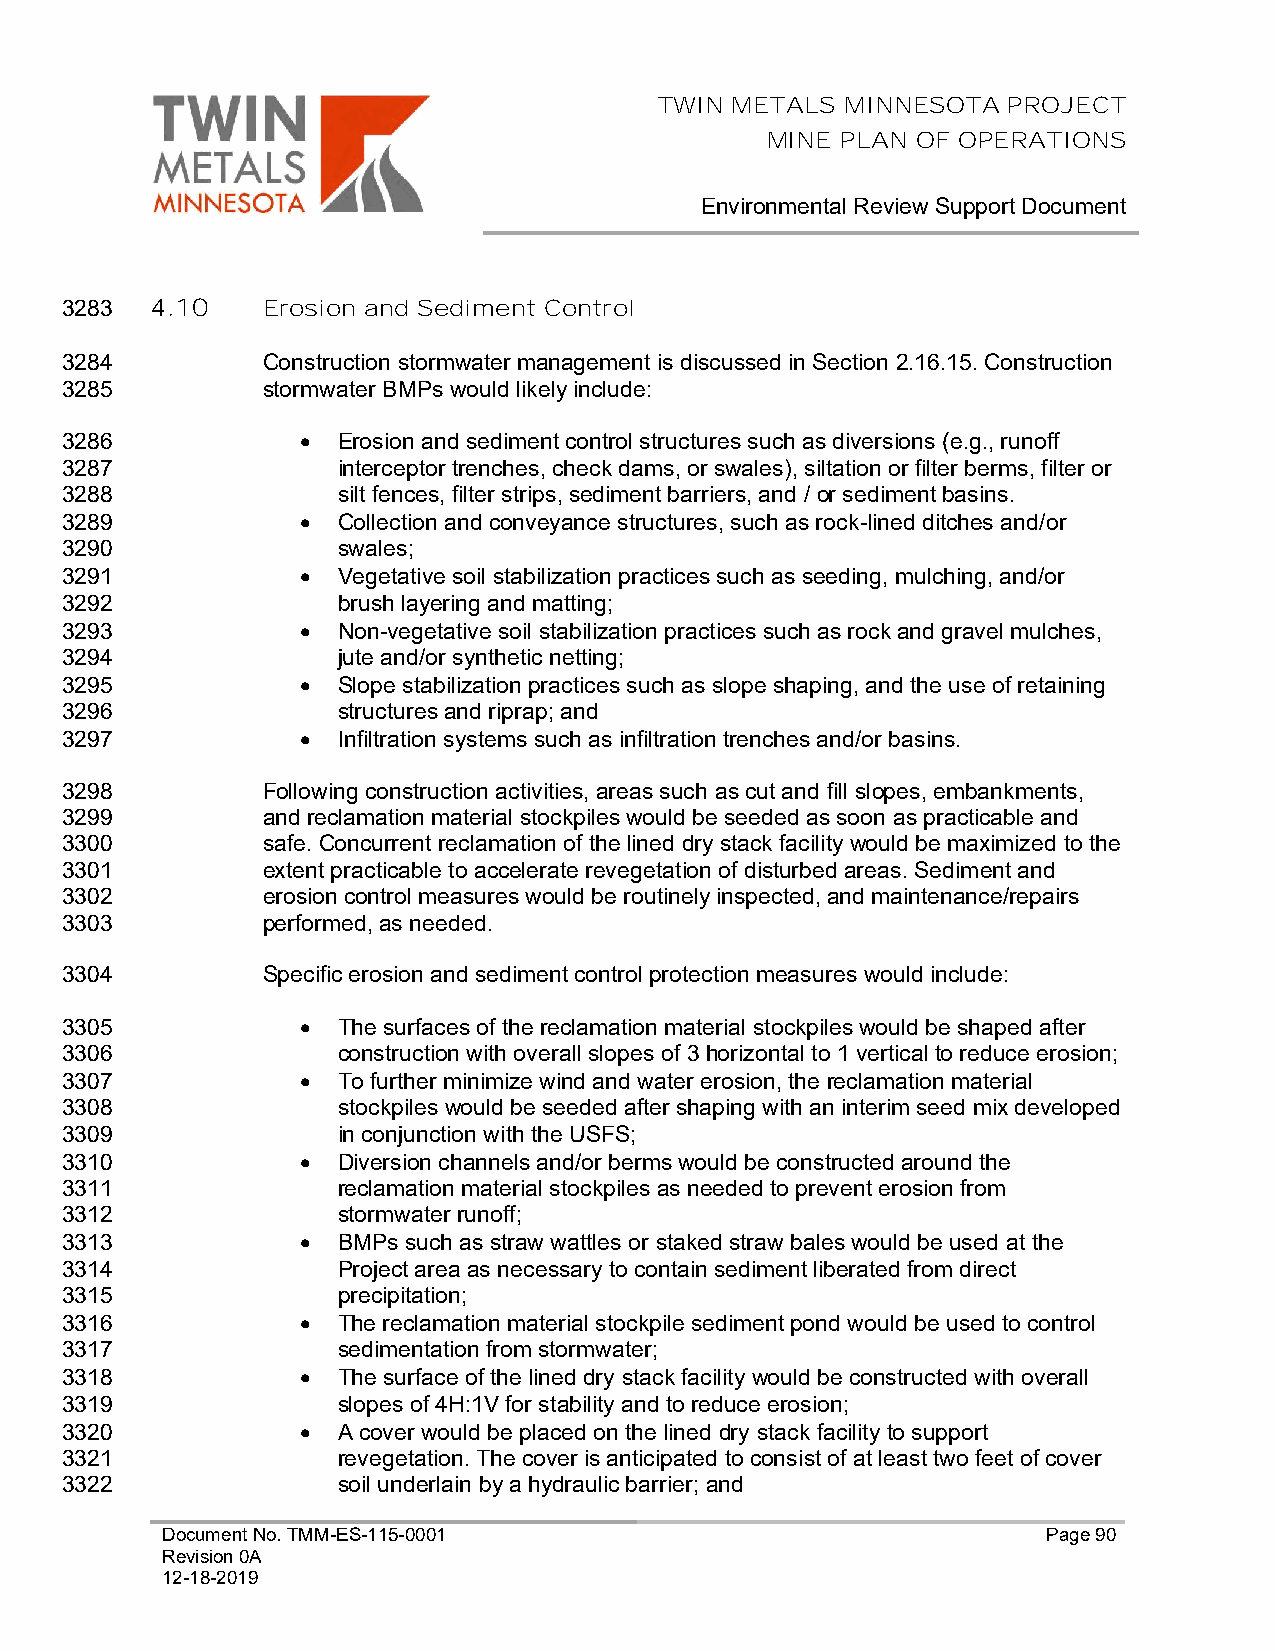
TWIN METALS MINNESOTA  PROJECT
 MINE PLAN OF OPERATIONS
 Environmental Review Support Document
 3283  4.10   Erosion and Sediment Control
 3284         Construction stormwater management is discussed in Section 2.16.15. Construction
 3285         stormwater BMPs would likely include:
 3286            • Erosion and sediment control structures such as diversions (e.g., runoff
 3287              interceptor trenches, check dams, or swales), siltation or filter berms, filter or
 3288              silt fences, filter strips, sediment barriers, and / or sediment basins.
 3289            • Collection and conveyance structures, such as rock-lined ditches and/or
 3290              swales;
 3291            • Vegetative soil stabilization practices such as seeding, mulching, and/or
 3292              brush layering and matting;
 3293            • Non-vegetative soil stabilization practices such as rock and gravel mulches,
 3294              jute and/or synthetic netting;
 3295            • Slope stabilization practices such as slope shaping, and the use of retaining
 3296              structures and riprap; and
 3297            • Infiltration systems such as infiltration trenches and/or basins.
 3298         Following construction activities, areas such as cut and fill slopes, embankments,
 3299         and reclamation material stockpiles would be seeded as soon as practicable and
 3300         safe. Concurrent reclamation of the lined dry stack facility would be maximized to the
 3301         extent practicable to accelerate revegetation of disturbed areas. Sediment and
 3302         erosion control measures would be routinely inspected, and maintenance/repairs
 3303         performed, as needed.
 3304         Specific erosion and sediment control protection measures would include:
 3305            • The surfaces of the reclamation material stockpiles would be shaped after
 3306              construction with overall slopes of 3 horizontal to 1 vertical to reduce erosion;
 3307            • To further minimize wind and water erosion, the reclamation material
 3308              stockpiles would be seeded after shaping with an interim seed mix developed
 3309              in conjunction with the USFS;
 3310            • Diversion channels and/or berms would be constructed around the
 3311              reclamation material stockpiles as needed to prevent erosion from
 3312              stormwater runoff;
 3313            • BMPs such as straw wattles or staked straw bales would be used at the
 3314              Project area as necessary to contain sediment liberated from direct
 3315              precipitation;
 3316            • The reclamation material stockpile sediment pond would be used to control
 3317              sedimentation from stormwater;
 3318            • The surface of the lined dry stack facility would be constructed with overall
 3319              slopes of 4H:1V for stability and to reduce erosion;
 3320            • A cover would be placed on the lined dry stack facility to support
 3321              revegetation. The cover is anticipated to consist of at least two feet of cover
 3322              soil underlain by a hydraulic barrier; and
 Document No. TMM-ES-115-0001                              Page 90
 Revision 0A
 12-18-2019